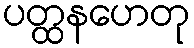
ပတ္ထနဟေတု